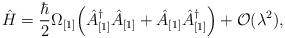
LaTeX: \begin{align*}\hat{H} = \frac{\hbar}{2} \Omega_{[1]} \Bigl(\hat{A}^{\dagger}_{[1]} \hat{A}_{[1]} +\hat{A}_{[1]}\hat{A}^{\dagger}_{[1]} \Bigr) + {\cal O} (\lambda^2),\end{align*}